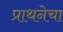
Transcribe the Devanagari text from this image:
प्राथनेचा